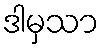
ဒါမှသာ